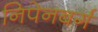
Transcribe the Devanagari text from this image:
निपेनबर्ग